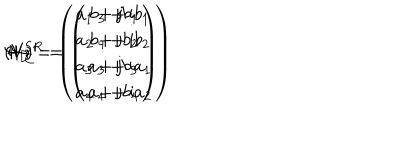
LaTeX: ( V ) ^ { \prime } \hspace { 7 m m } \Psi _ { \bf D } = \left( \begin{array} { c } { { a _ { 1 } + \mathrm { j } b _ { 1 } } } \\ { { a _ { 2 } + \mathrm { j } b _ { 2 } } } \\ { { a _ { 3 } + \mathrm { j } b _ { 3 } } } \\ { { a _ { 4 } + \mathrm { j } b _ { 4 } } } \\ \end{array} \right) \hspace { 5 m m } \leftrightarrow \hspace { 5 m m } \Psi _ { \bf C } ^ { S R } = \left( \begin{array} { c } { { b _ { 3 } + \mathrm { i } b _ { 1 } } } \\ { { b _ { 4 } + \mathrm { i } b _ { 2 } } } \\ { { a _ { 3 } + \mathrm { i } a _ { 1 } } } \\ { { a _ { 4 } + \mathrm { i } a _ { 2 } } } \\ \end{array} \right)